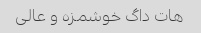
هات داگ خوشمزه و عالی